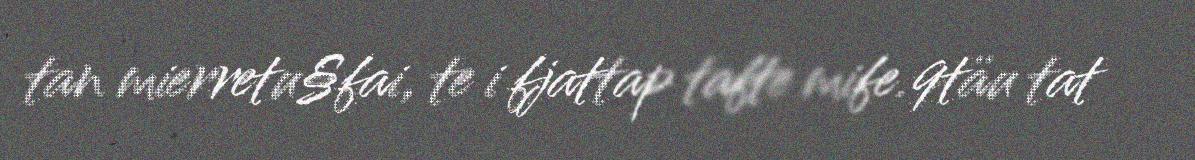
tan mierretu§fai, te i fjattap tafte mife.9täu tat